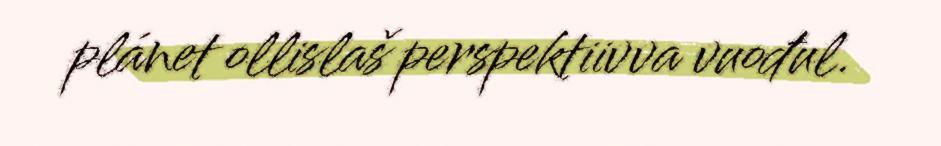
plánet ollislaš perspektiivva vuođul.